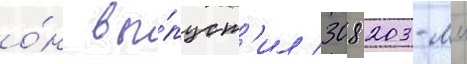
о́н вы́пуст'ил 308 203-мм